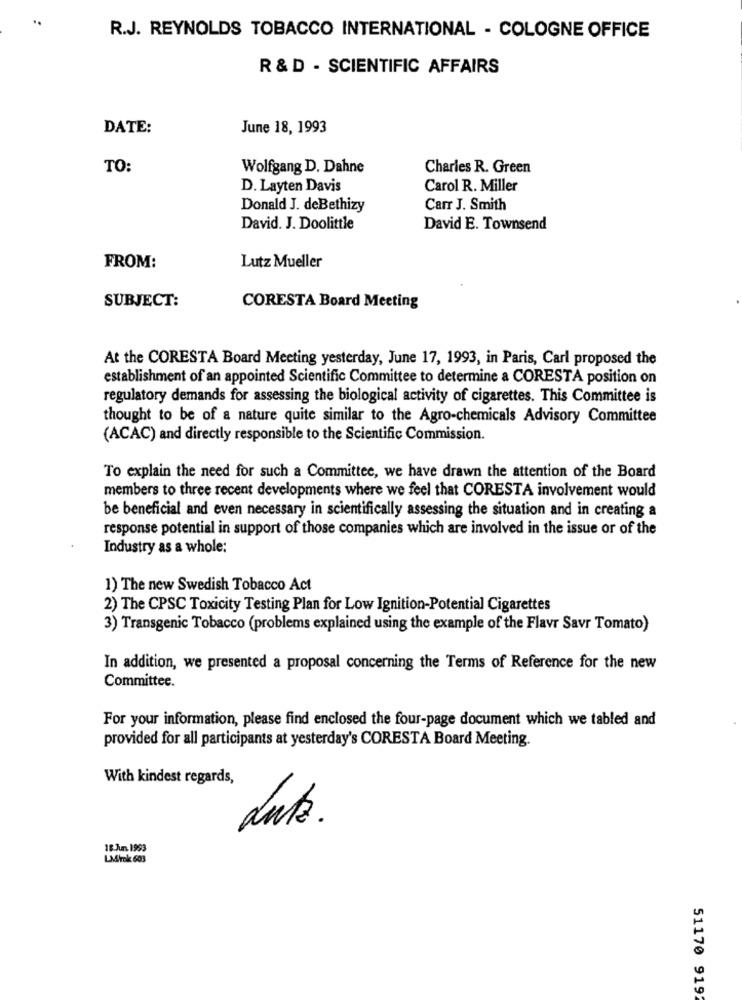
R.J. REYNOLDS TOBACCO INTERNATIONAL - COLOGNE OFFICE
R & D - SCIENTIFIC AFFAIRS
DATE:
June 18, 1993
TO:
Wolfgang D. Dahne
Charles R. Green
D. Layten Davis
Carol R. Miller
Donald J. deBethizy
Carr J. Smith
David. J. Doolittle
David E. Townsend
FROM:
Lutz Mueller
SUBJECT:
CORESTA Board Meeting
At the CORESTA Board Meeting yesterday, June 17, 1993, in Paris, Carl proposed the
establishment of an appointed Scientific Committee to determine a CORESTA position on
regulatory demands for assessing the biological activity of cigarettes. This Committee is
thought to be of a nature quite similar to the Agro-chemicals Advisory Committee
(ACAC) and directly responsible to the Scientific Commission.
To explain the need for such a Committee, we have drawn the attention of the Board
members to three recent developments where we feel that CORESTA involvement would
be beneficial and even necessary in scientifically assessing the situation and in creating a
response potential in support of those companies which are involved in the issue or of the
Industry as a whole:
1) The new Swedish Tobacco Act
2) The CPSC Toxicity Testing Plan for Low Ignition-Potential Cigarettes
3) Transgenic Tobacco (problems explained using the example of the Flavr Savr Tomato)
In addition, we presented a proposal concerning the Terms of Reference for the new
Committee.
For your information, please find enclosed the four-page document which we tabled and
provided for all participants at yesterday's CORESTA Board Meeting.
With kindest regards,
duts.
18.Jun.1993
LM/rok 603
51170 919